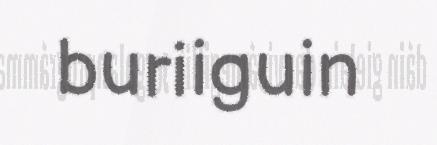
buriiguin